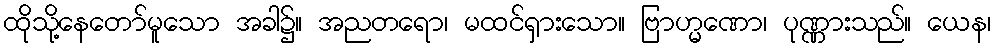
ထိုသို့နေတော်မူသော အခါ၌။ အညတရော၊ မထင်ရှားသော။ ဗြာဟ္မဏော၊ ပုဏ္ဏားသည်။ ယေန၊